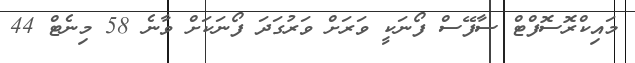
މައިކްރޮސޮފްޓް ސާފޭސް ފޯނަކީ ވަރަށް ވަރުގަދަ ފޯނަކަށް ވާނެ 58 މިނެޓް 44